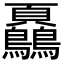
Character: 𩖔